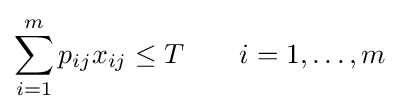
\sum _{i=1}^{m}p_{ij}x_{ij}\leq T\qquad i=1,\ldots ,m